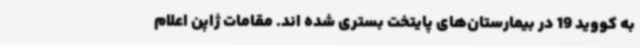
به کووید 19 در بیمارستان‌های پایتخت بستری شده اند. مقامات ژاپن اعلام